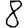
Digit: 8